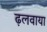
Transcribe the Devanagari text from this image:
ढ़लवाया